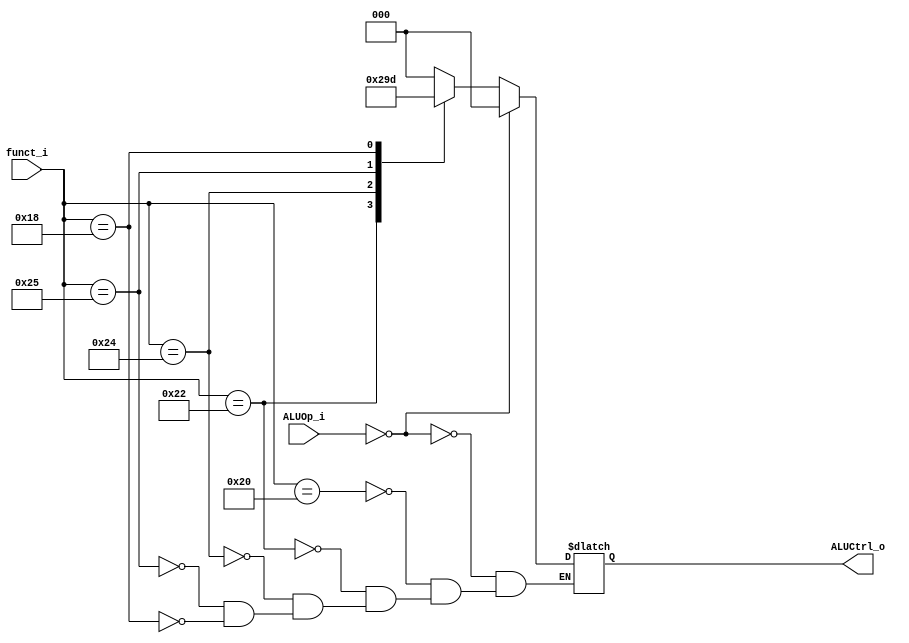
module ALU_Control(
	funct_i,
	ALUOp_i,
	ALUCtrl_o
);

input [5:0] funct_i;
input [2:0] ALUOp_i;
output reg [2:0] ALUCtrl_o;

`define ADD 3'b000
`define SUB 3'b001
`define AND 3'b010
`define OR  3'b011
`define MUL 3'b101

always@(*) begin
	case (ALUOp_i)
		3'b000: begin
			ALUCtrl_o <= `ADD;
		end
		default: begin
			case(funct_i)
				6'b100000: begin
					ALUCtrl_o <= `ADD;
				end
				6'b100010: begin
					ALUCtrl_o <= `SUB;
				end
				6'b100100: begin
					ALUCtrl_o <= `AND;
				end
				6'b100101: begin
					ALUCtrl_o <= `OR;
				end
				6'b011000: begin
					ALUCtrl_o <= `MUL;
				end
			endcase
		end
	endcase
end
endmodule